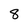
Character: 8